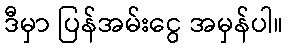
ဒီမှာ ပြန်အမ်းငွေ အမှန်ပါ။